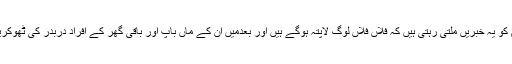
آئے دن پاکستانی عوام کو یہ خبریں ملتی رہتی ہیں کہ فلاں فلاں لوگ لاپتہ ہوگے ہیں اور بعدمیں ان کے ماں باپ اور باقی گھر کے افراد دربدر کی ٹھوکریں کھاتے پھرتے ہیں۔